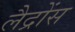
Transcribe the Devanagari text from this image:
लैद्रोंस